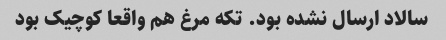
سالاد ارسال نشده بود. تکه مرغ هم واقعا کوچیک بود